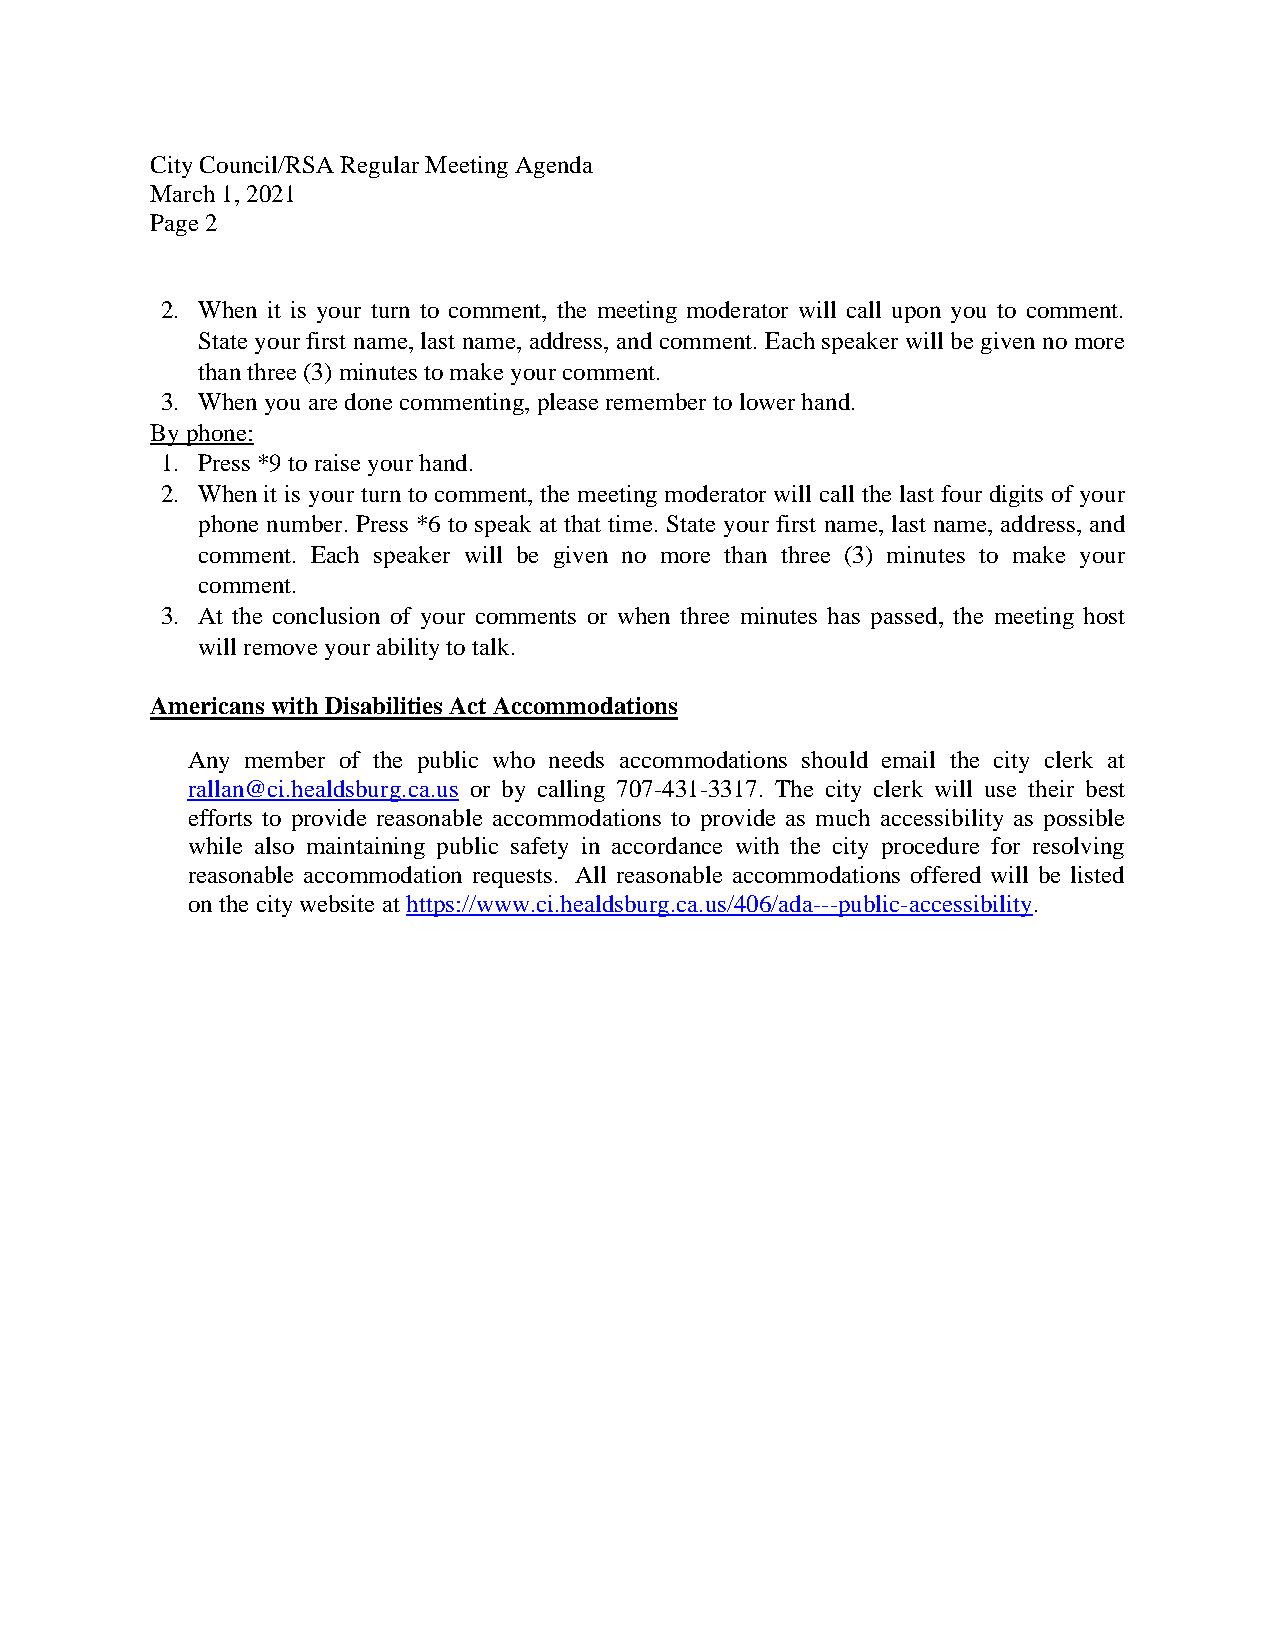
City Council/RSA Regular Meeting Agenda
 March 1, 2021
 Page 2
 2. When it is your turn to comment, the meeting moderator will call upon you to comment.
 State your first name, last name, address, and comment. Each speaker will be given no more
 than three (3) minutes to make your comment.
 3. When you are done commenting, please remember to lower hand.
 By phone:
 1. Press *9 to raise your hand.
 2. When it is your turn to comment, the meeting moderator will call the last four digits of your
 phone number. Press *6 to speak at that time. State your first name, last name, address, and
 comment. Each speaker will be given no more than three (3) minutes to make your
 comment.
 3. At the conclusion of your comments or when three minutes has passed, the meeting host
 will remove your ability to talk.
 Americans with Disabilities Act Accommodations
 Any member of the public who needs accommodations should email the city clerk at
 rallan@ci.healdsburg.ca.us or by calling 707-431-3317. The city clerk will use their best
 efforts to provide reasonable accommodations to provide as much accessibility as possible
 while also maintaining public safety in accordance with the city procedure for resolving
 reasonable accommodation requests. All reasonable accommodations offered will be listed
 on the city website at https://www.ci.healdsburg.ca.us/406/ada---public-accessibility.